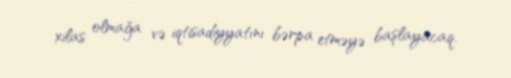
xilas olmağa və iqtisadiyyatını bərpa etməyə başlayacaq.